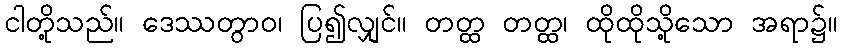
ငါတို့သည်။ ဒေဿတွာဝ၊ ပြ၍လျှင်။ တတ္ထ တတ္ထ၊ ထိုထိုသို့သော အရာ၌။